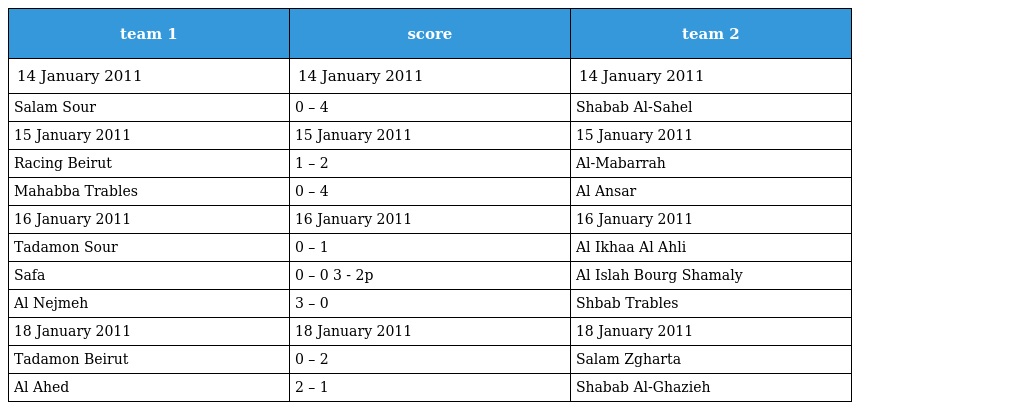
| team 1 | score | team 2 |
 | --- | --- | --- |
 | 14 January 2011 | 14 January 2011 | 14 January 2011 |
 | Salam Sour | 0 – 4 | Shabab Al-Sahel |
 | 15 January 2011 | 15 January 2011 | 15 January 2011 |
 | Racing Beirut | 1 – 2 | Al-Mabarrah |
 | Mahabba Trables | 0 – 4 | Al Ansar |
 | 16 January 2011 | 16 January 2011 | 16 January 2011 |
 | Tadamon Sour | 0 – 1 | Al Ikhaa Al Ahli |
 | Safa | 0 – 0 3 - 2p | Al Islah Bourg Shamaly |
 | Al Nejmeh | 3 – 0 | Shbab Trables |
 | 18 January 2011 | 18 January 2011 | 18 January 2011 |
 | Tadamon Beirut | 0 – 2 | Salam Zgharta |
 | Al Ahed | 2 – 1 | Shabab Al-Ghazieh |